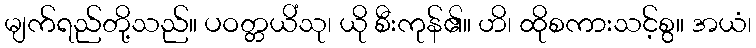
မျက်ရည်တို့သည်။ ပဝတ္တယိံသု၊ ယို စီးကုန်၏။ ဟိ၊ ထိုစကားသင့်စွ။ အယံ၊